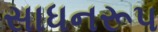
સાધનરૂપ